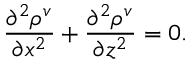
\frac { \partial ^ { 2 } \rho ^ { v } } { \partial x ^ { 2 } } + \frac { \partial ^ { 2 } \rho ^ { v } } { \partial z ^ { 2 } } = 0 .